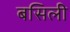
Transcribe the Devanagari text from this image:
बसिली